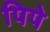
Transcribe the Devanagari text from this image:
पिपे